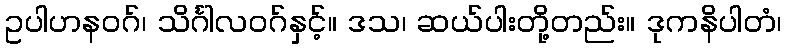
ဥပါဟနဝဂ်၊ သိင်္ဂါလဝဂ်နှင့်။ ဒသ၊ ဆယ်ပါးတို့တည်း။ ဒုကနိပါတံ၊